Tezpur Lunatic Asylum reports 1877-1894 - 1877-1894
Year: 1877
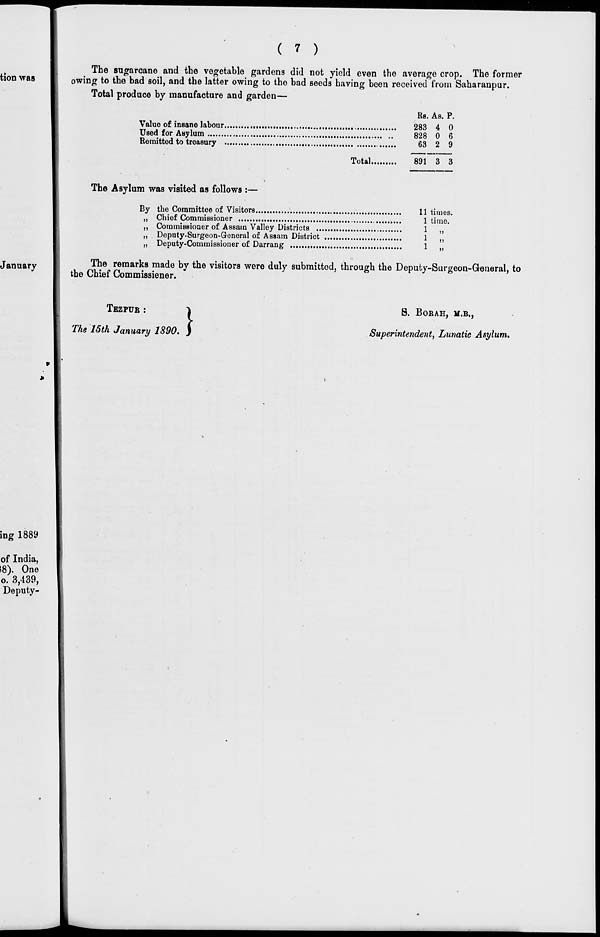
tion was
January
( 7 )
The sugarcane and the vegetable gardens did not yield even the average crop. The former
owing to the bad soil, and the latter owing to the bad seeds having been received from Saharanpur.
Total produce by manufacture and garden—
Re. As. P.
Value of insane labour
283 4 0
Used for Asylum
828 0 6
Remitted to treasury
63 2 9
Total
891 3 3
The Asylum was visited as follows :—
By the Committee of Visitors
11 times.
„ Chief Commissioner
1 time.
„ Commissioner of Assam Valley Districts
1 „
,, Deputy-Surgeon-General of Assam District
1 ,,
„ Deputy-Commissioner of Darrang
1 „
The remarks made by the visitors were duly submitted, through the Deputy-Surgeon-General, to
the Chief Commissioner.
TBZPUR :
The 15th January 1890 .}
S. BORAH, H.B.,
Superintendent, Lunatic Asylum.
ing 1889
of India,
S8). One
o. 3,439,
Deputy-